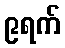
၉ရက်